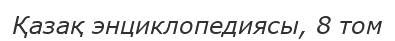
Қазақ энциклопедиясы, 8 том